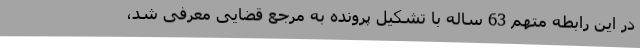
در این رابطه متهم 63 ساله با تشکیل پرونده به مرجع قضایی معرفی شد،